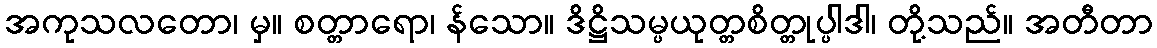
အကုသလတော၊ မှ။ စတ္တာရော၊ န်သော။ ဒိဋ္ဌိသမ္ပယုတ္တစိတ္တုပ္ပါဒါ၊ တို့သည်။ အတီတာ